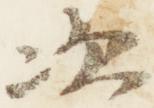
次